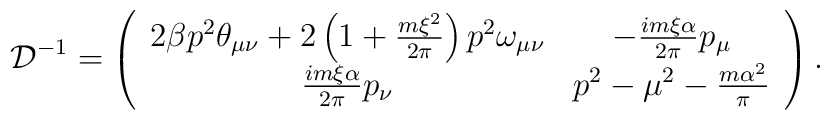
{\cal D}^{-1}=\left( \begin{array}{cc}2\beta p^{2}\theta _{\mu \nu }+2\left( 1+\frac{m\xi ^{2}}{2\pi }\right)p^{2}\omega _{\mu \nu } & -\frac{im\xi \alpha }{2\pi }p_{\mu } \\ \frac{im\xi \alpha }{2\pi }p_{\nu } & p^{2}-\mu ^{2}-\frac{m\alpha ^{2}}{\pi }\end{array}\right) .